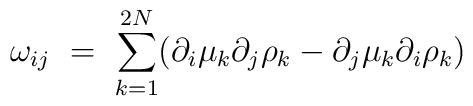
\omega_{ij} \ = \ \sum_{k=1}^{2N} (\partial_i\mu_k \partial_j \rho_k - \partial_j \mu_k \partial_i \rho_k)